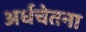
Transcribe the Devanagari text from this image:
अर्धचेतना